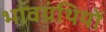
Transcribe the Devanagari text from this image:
भावग्रंथियों